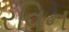
રવિન